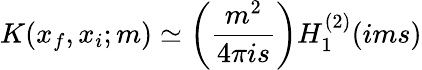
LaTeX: K(x_{f},x_{i};m)\simeq\left(\frac{m^{2}}{4\pi is}\right)H_{1}^{(2)}(ims)